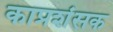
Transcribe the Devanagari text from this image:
काप्रशंसक